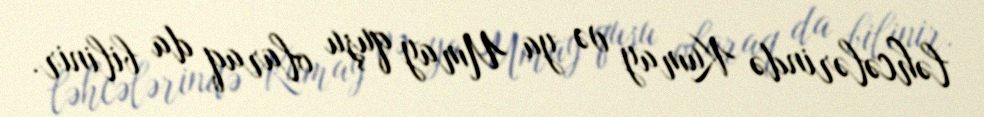
ləhcələrində Kumay və ya Umay quşu olaraq da bilinir.